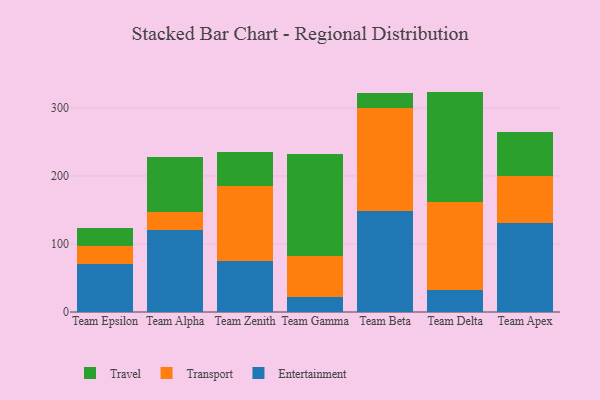
{"axis": {"x": "Team", "y": "Waste Production (Tons)"}, "legend": ["Entertainment", "Transport", "Travel"], "data": [{"x": "Team Epsilon", "y": 71.3, "type": "Entertainment"}, {"x": "Team Epsilon", "y": 25.3, "type": "Transport"}, {"x": "Team Epsilon", "y": 26.8, "type": "Travel"}, {"x": "Team Alpha", "y": 120.4, "type": "Entertainment"}, {"x": "Team Alpha", "y": 27.1, "type": "Transport"}, {"x": "Team Alpha", "y": 79.7, "type": "Travel"}, {"x": "Team Zenith", "y": 75.0, "type": "Entertainment"}, {"x": "Team Zenith", "y": 109.8, "type": "Transport"}, {"x": "Team Zenith", "y": 50.3, "type": "Travel"}, {"x": "Team Gamma", "y": 21.6, "type": "Entertainment"}, {"x": "Team Gamma", "y": 60.8, "type": "Transport"}, {"x": "Team Gamma", "y": 149.2, "type": "Travel"}, {"x": "Team Beta", "y": 149.2, "type": "Entertainment"}, {"x": "Team Beta", "y": 150.3, "type": "Transport"}, {"x": "Team Beta", "y": 22.2, "type": "Travel"}, {"x": "Team Delta", "y": 31.7, "type": "Entertainment"}, {"x": "Team Delta", "y": 130.2, "type": "Transport"}, {"x": "Team Delta", "y": 162.1, "type": "Travel"}, {"x": "Team Apex", "y": 131.5, "type": "Entertainment"}, {"x": "Team Apex", "y": 68.4, "type": "Transport"}, {"x": "Team Apex", "y": 64.3, "type": "Travel"}]}